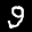
Label: 9